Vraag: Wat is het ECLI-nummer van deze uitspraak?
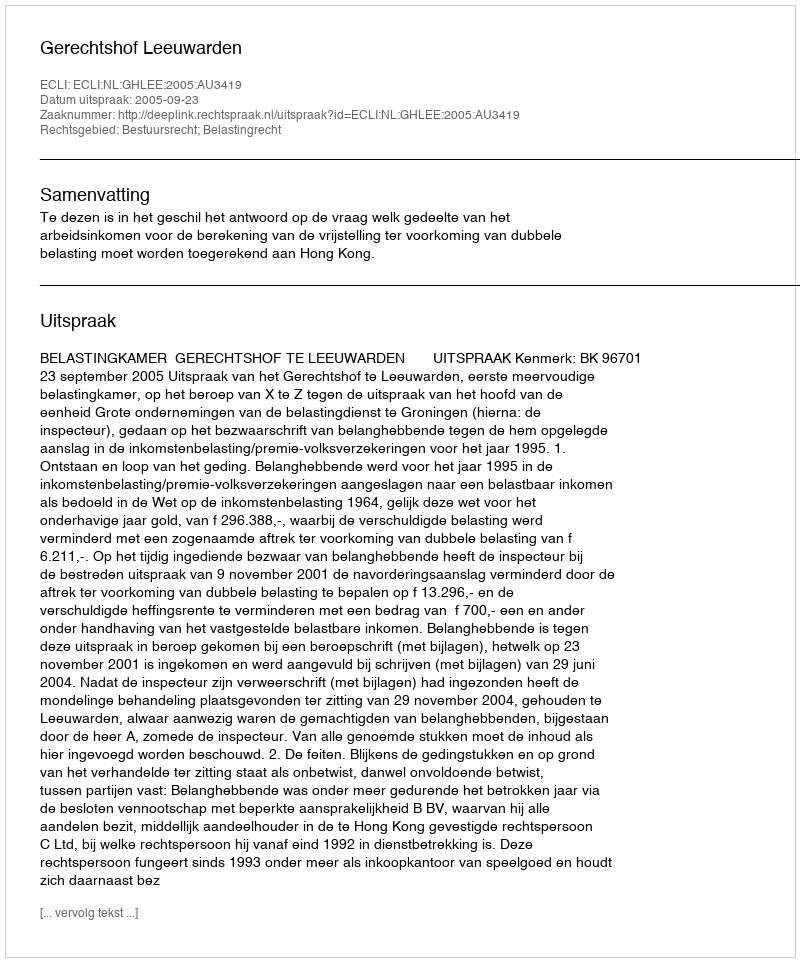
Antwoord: ECLI:NL:GHLEE:2005:AU3419